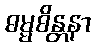
ဓမ္မစိန္တနာ